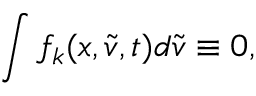
\int f _ { k } ( x , \tilde { v } , t ) d \tilde { v } \equiv 0 ,